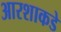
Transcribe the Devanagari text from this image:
आरशाकडे